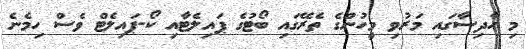
މި ހާދިސާގައި މަރުވި މީހުންގެ ތެރޭގައި ބޯޓުގެ ޕައިލެޓާއި ކޯ-ޕައިލެޓް ވެސް ހިމެނެ